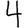
Digit: 4